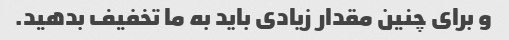
و برای چنین مقدار زیادی باید به ما تخفیف بدهید.